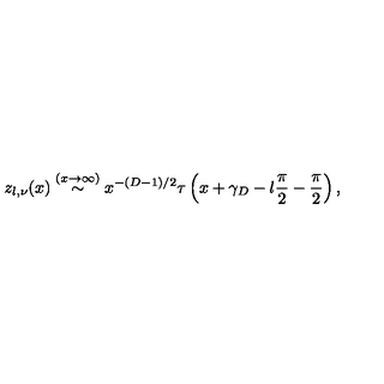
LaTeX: z _ { l , \nu } ( x ) \stackrel { ( x \rightarrow \infty ) } { \sim } x ^ { - ( D - 1 ) / 2 } \tau \left( x + \gamma _ { D } - l \frac { \pi } { 2 } - \frac { \pi } { 2 } \right) ,